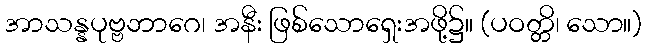
အာသန္နပုဗ္ဗဘာဂေ၊ အနီး ဖြစ်သောရှေးအဖို့၌။ (ပဝတ္တိ၊ သော။)